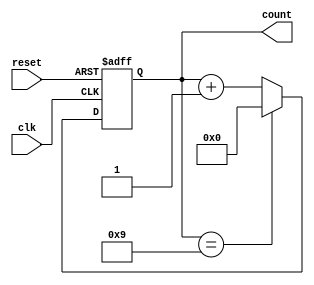
module decade_counter (
    input wire clk,            // Clock input
    input wire reset,          // Asynchronous reset input
    output reg [3:0] count     // 4-bit output count
);

    // Asynchronous reset and counting logic
    always @(posedge clk or posedge reset) begin
        if (reset) begin
            count <= 4'b0000;  // Reset the count to 0
        end else begin
            if (count == 4'b1001) begin
                count <= 4'b0000; // Reset to 0 after reaching 9
            end else begin
                count <= count + 1; // Increment the count
            end
        end
    end

endmodule